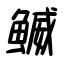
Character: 鰄